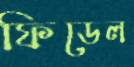
ফিডেল